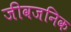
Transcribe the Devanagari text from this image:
जीवजनिक